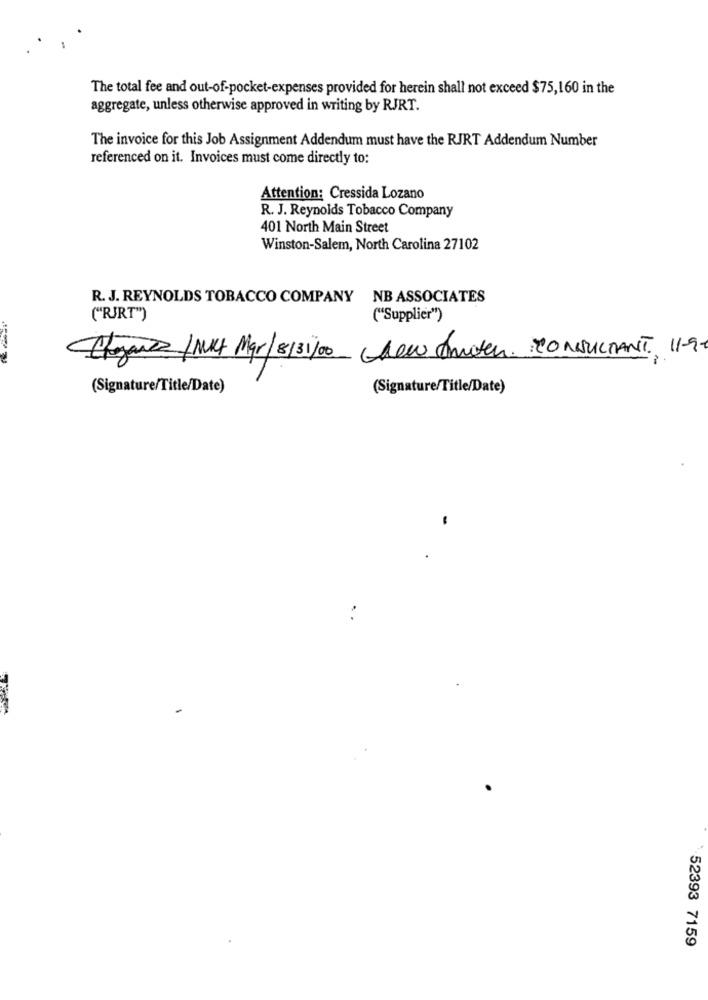
The total fee and out-of-pocket-expenses provided for herein shall not exceed $75,160 in the
aggregate, unless otherwise approved in writing by RJRT.
The invoice for this Job Assignment Addendum must have the RJRT Addendum Number
referenced on it. Invoices must come directly to:
Attention: Cressida Lozano
R. J. Reynolds Tobacco Company
401 North Main Street
Winston-Salem, North Carolina 27102
R. J. REYNOLDS TOBACCO COMPANY NB ASSOCIATES
("RJRT")
("Supplier")
Chegares /MUCH Mar/8131/00_ New comiten CONSULTANT 11-9.
(Signature/Title/Date)
(Signature/Title/Date)
52393 7159